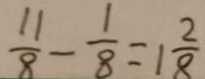
\frac { 1 1 } { 8 } - \frac { 1 } { 8 } = 1 \frac { 2 } { 8 }